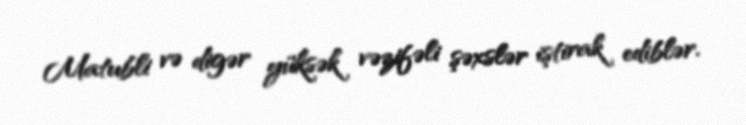
Matubli və digər yüksək vəzifəli şəxslər iştirak ediblər.